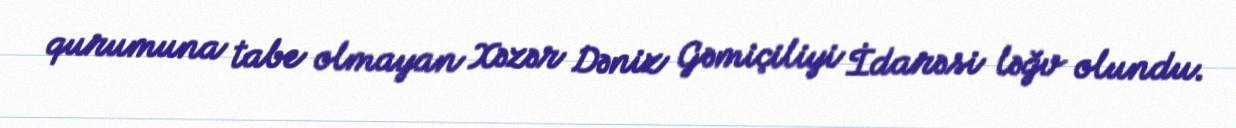
qurumuna tabe olmayan Xəzər Dəniz Gəmiçiliyi İdarəsi ləğv olundu.